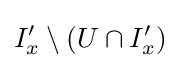
I'_{x}\setminus (U\cap I'_{x})